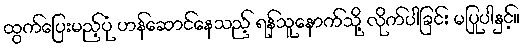
ထွက်ပြေးမည့်ပုံ ဟန်ဆောင်နေသည့် ရန်သူနောက်သို့ လိုက်ပါခြင်း မပြုပါနှင့်။